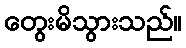
တွေးမိသွားသည်။